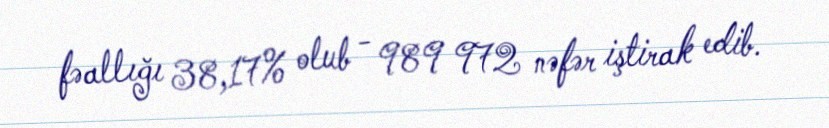
fəallığı 38,17% olub - 989 972 nəfər iştirak edib.